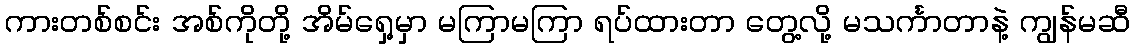
ကားတစ်စင်း အစ်ကိုတို့ အိမ်ရှေ့မှာ မကြာမကြာ ရပ်ထားတာ တွေ့လို့ မသင်္ကာတာနဲ့ ကျွန်မဆီ